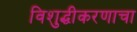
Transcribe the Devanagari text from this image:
विशुद्धीकरणाचा